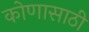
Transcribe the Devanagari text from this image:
कोणासाठी